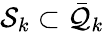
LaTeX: \mathcal S_{k}\subset\bar{\mathcal Q}_{k}